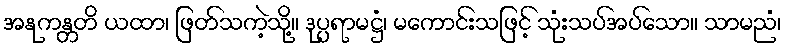
အနုကန္တတိ ယထာ၊ ဖြတ်သကဲ့သို့။ ဒုပ္ပရာမဋ္ဌံ၊ မကောင်းသဖြင့် သုံးသပ်အပ်သော။ သာမညံ၊